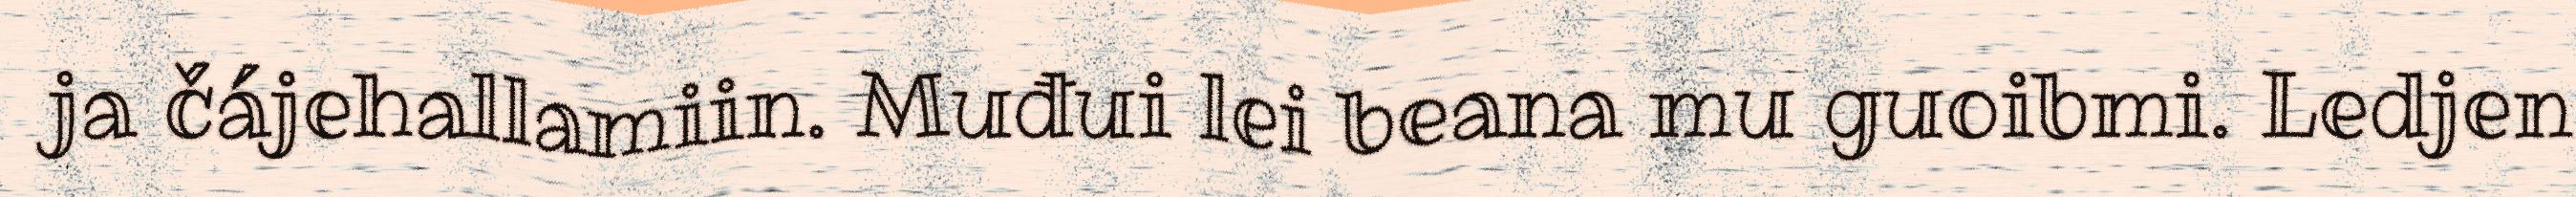
ja čájehallamiin. Muđui lei beana mu guoibmi. Ledjen